Plague in India, 1896, 1897 - Volume 3
Year: 1896
Disease focus: Plague
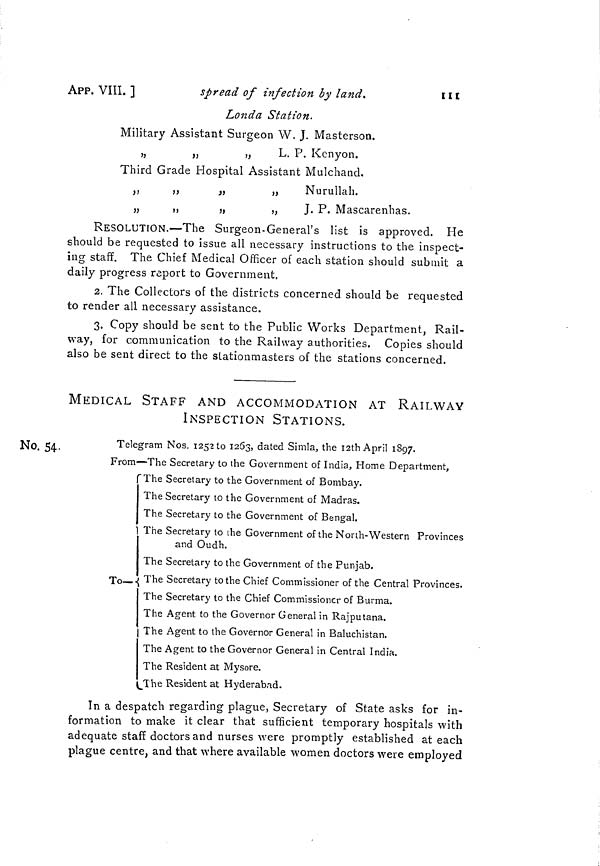
APP. VIII. ]
spread of infection by land.
111
Londa Station.
Military Assistant Surgeon W. J. Masterson.
„
„
„
L. P. Kenyon.
Third Grade Hospital Assistant Mulchand.
,,
,,
,,
,,
Nurullah.
„
„
,,
„
J. P. Mascarenhas.
RESOLUTION.—The Surgeon-General's list is approved. He
should be requested to issue all necessary instructions to the inspect-
ing staff. The Chief Medical Officer of each station should submit a
daily progress report to Government.
2. The Collectors of the districts concerned should be requested
to render all necessary assistance.
3. Copy should be sent to the Public Works Department, Rail-
way, for communication to the Railway authorities. Copies should
also be sent direct to the slationmasters of the stations concerned.
MEDICAL STAFF AND ACCOMMODATION AT RAILWAY
INSPECTION STATIONS.
No. 54.
Telegram Nos. 1252 to 1263, dated Simla, the I2th April 1897.
From—The Secretary to the Government of India, Home Department,
f The Secretary to the Government of Bombay.
The Secretary to the Government of Madras.
The Secretary to the Government of Bengal.
1 The Secretary to ihe Government of the North-Western Provinces
and Oudh.
The Secretary to the Government of the Punjab.
To—. The Secretary to the Chief Commissioner of the Central Provinces.
The Secretary to the Chief Commissioner of Burma.
The Agent to the Governor General in Rajputana.
| The Agent to the Governor General in Baluchistan.
The Agent to the Governor General in Central India.
The Resident at Mysore.
The Resident at Hyderabad,
In a despatch regarding plague, Secretary of State asks for in-
formation to make it clear that sufficient temporary hospitals with
adequate staff doctors and nurses were promptly established at each
plague centre, and that where available women doctors were employed